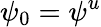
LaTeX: \psi_{0}=\psi^{u}